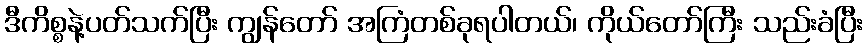
ဒီကိစ္စနဲ့ပတ်သက်ပြီး ကျွန်တော် အကြံတစ်ခုရပါတယ်၊ ကိုယ်တော်ကြီး သည်းခံပြီး